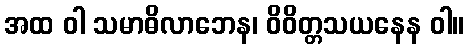
အထ ဝါ သမာဓိလာဘေန၊ ဝိဝိတ္တသယနေန ဝါ။